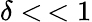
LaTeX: \delta<\, <1